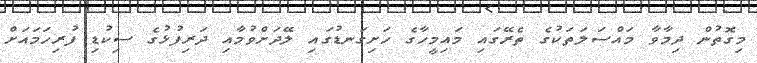
މިގޮތުން ދިމާވާ މައްސަލަތަކުގެ ތެރޭގައި މައިމީހާގެ ހަށިގަނޑުގައި ލޭދަށްވުމާއި ދަރިފުޅުގެ ސިކުޑި ފުރިހަމައަށް